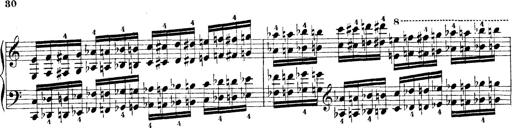
Title: Technische Studien
Composer: Franz Liszt